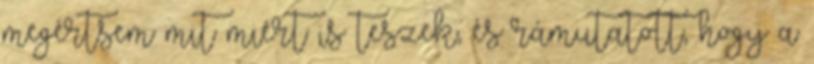
megértsem mit miért is teszek, és rámutatott, hogy a